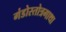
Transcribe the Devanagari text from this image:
गंडोस्तोत्रगाथा